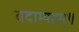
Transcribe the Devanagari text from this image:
वदाम्यहम्॥